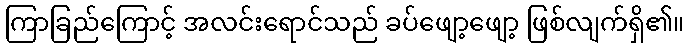
ကြာခြည်ကြောင့် အလင်းရောင်သည် ခပ်ဖျော့ဖျော့ ဖြစ်လျက်ရှိ၏။